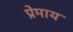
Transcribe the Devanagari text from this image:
प्रेमाय